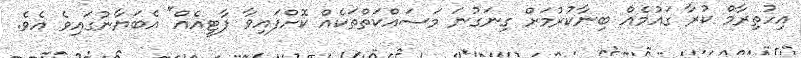
އިހުތިރާމް ކުރާ ގައުމެއް ބިނާކުރުމަށް ގިނަގުނަ މަސައްކަތްތަކެއް ކޮށްފައިވާ ޕާޓީއެއް" އެބަޔާނުގައިވެ އެވެ.